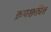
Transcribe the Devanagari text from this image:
क्रयशक्तीत